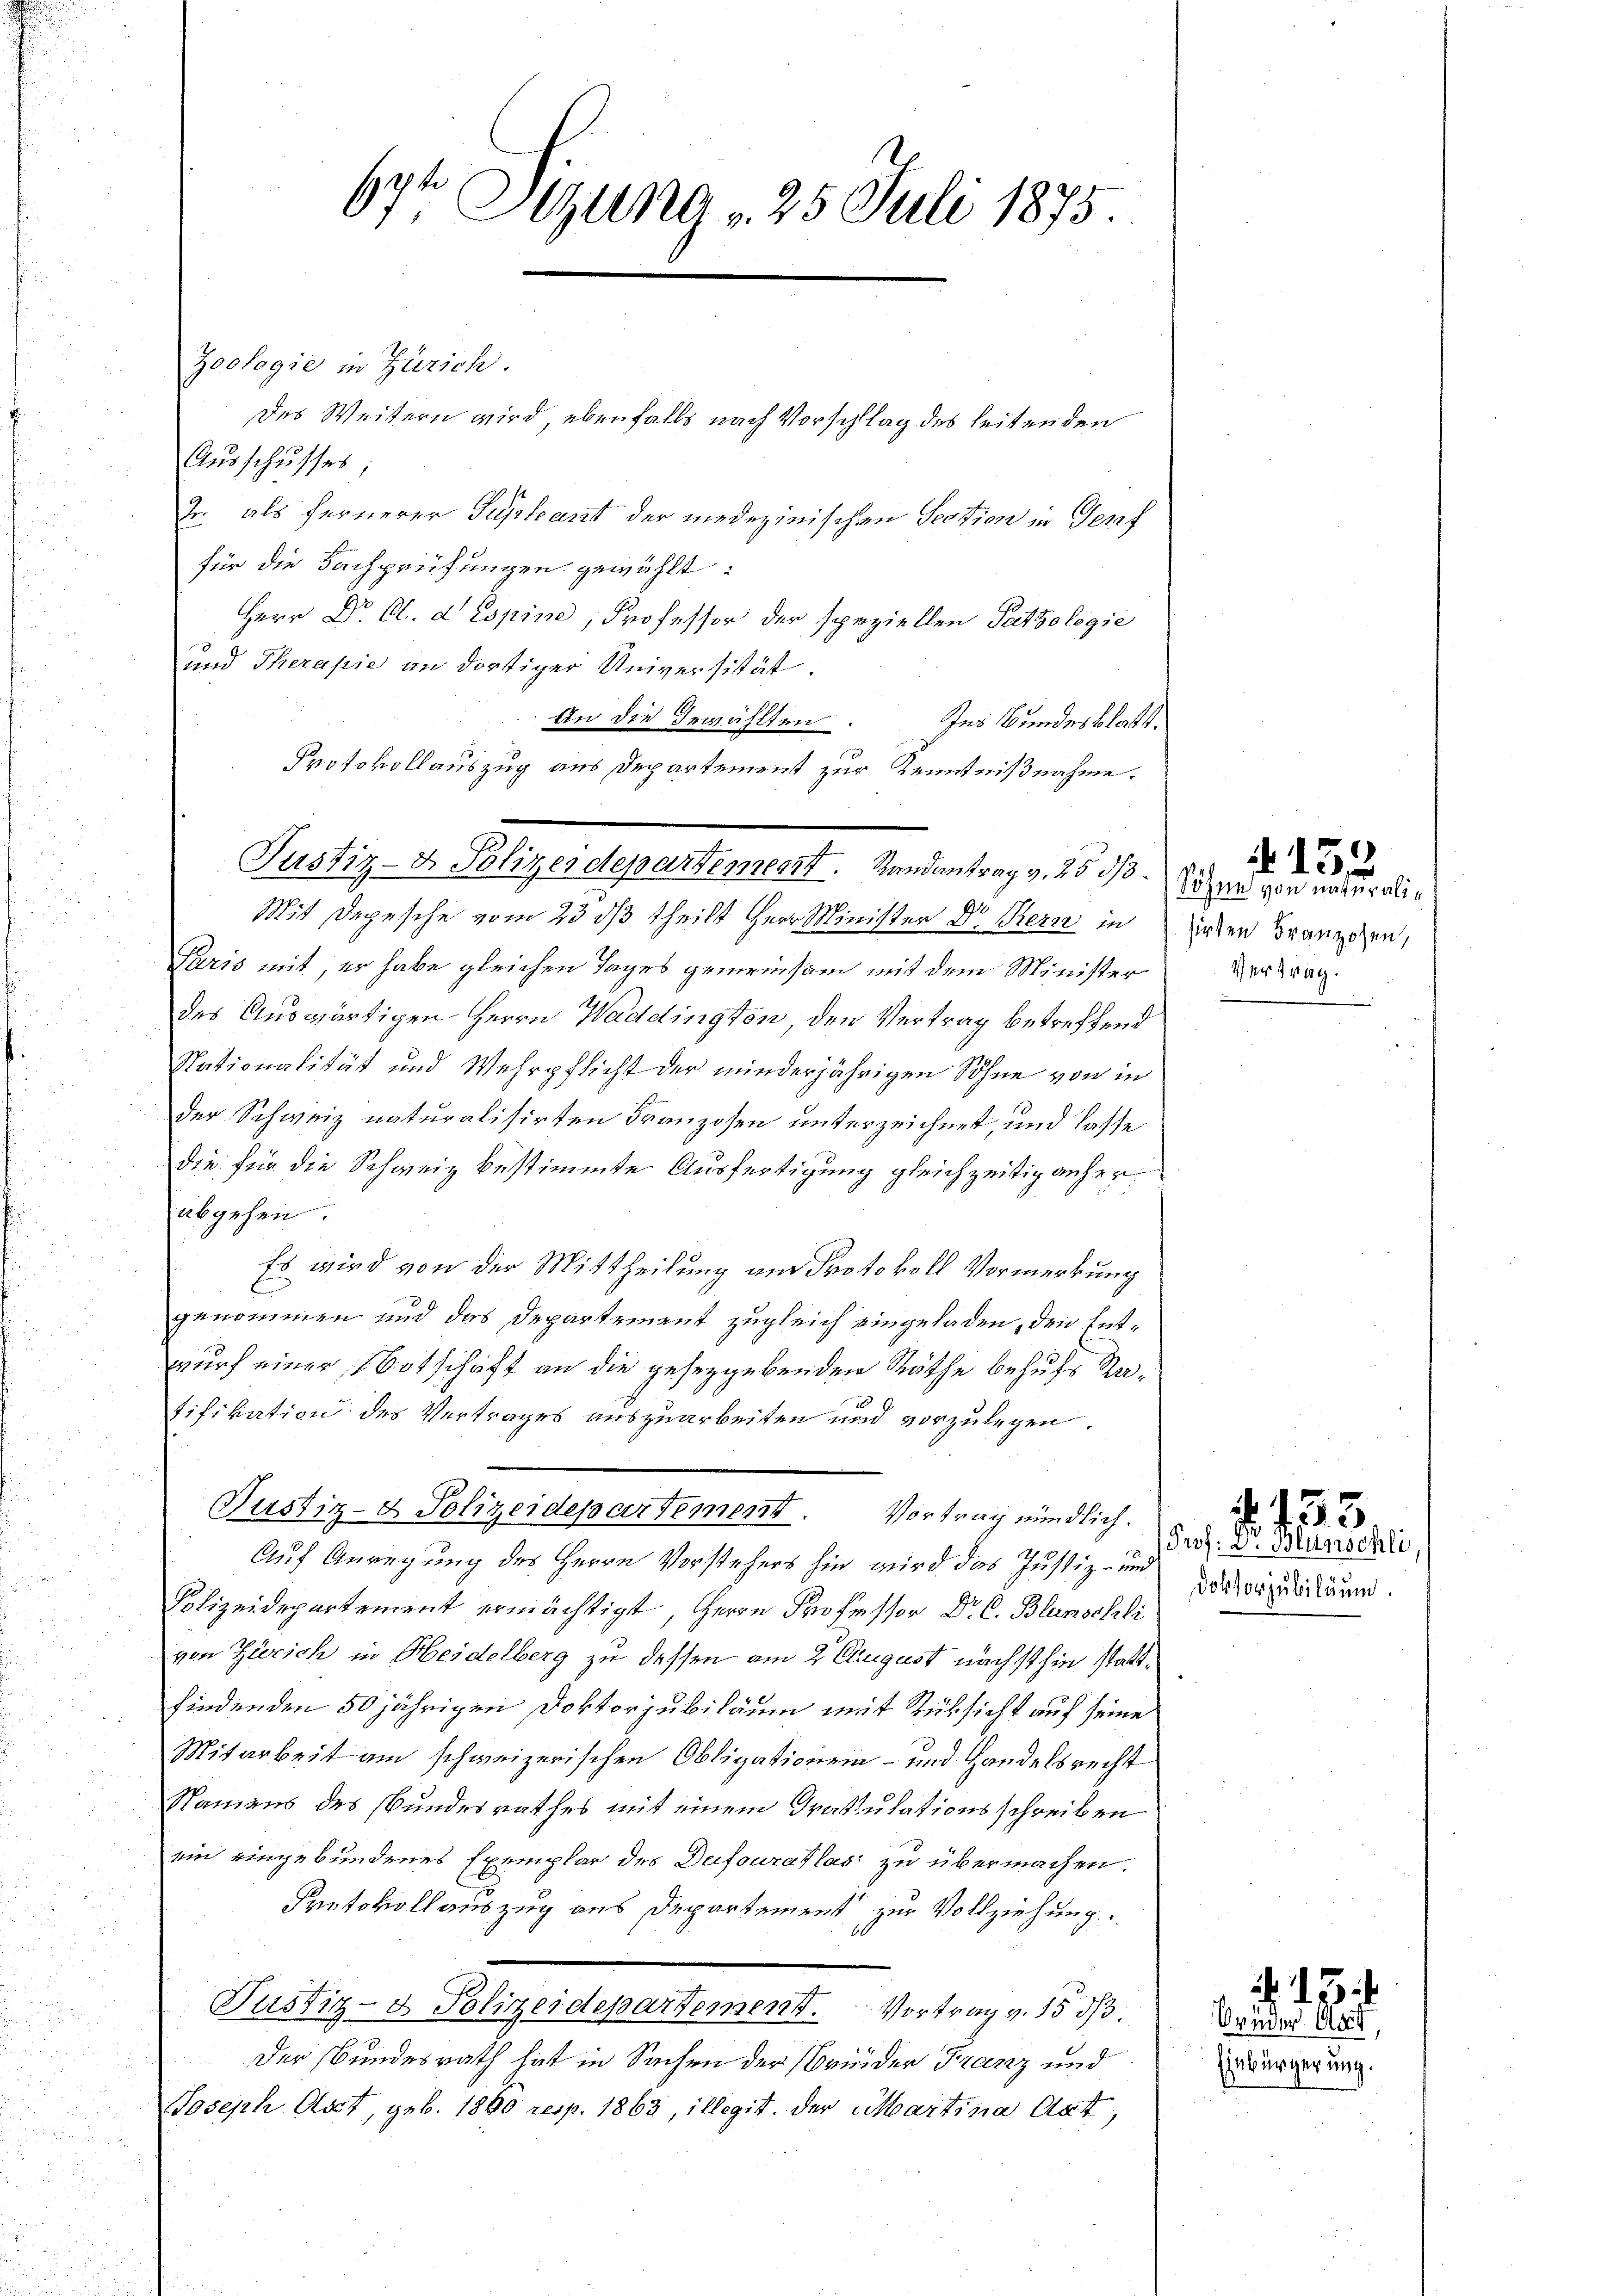
Zoologie in Zürich.
Des Weitern wird, ebenfalls nach Vorschlag des Leiten den
Aŭsschusses,
J. als fernerer Puplant der medizinischen Section in Genf
für die Fachprüfungen gewählt:
Herr Dr. C. d Espine, Professor der speziellen Pathologie
und Therapie an dortiger Universität:
In die Bewählten.
Ins Bundesblatt.
Protokollauszug aus Departement zur Kenntnißnahme.
Mit Depesche vom 23 dß theilt Herr Minister Dr Kern in inden Branzosen,
Paris mit, er habe gleichen Tages gemeinsam mit dem Minister
des Auswärtigen Herrn Waddington den Vertrag betreffend
Nationalität und Wehrpflicht der minderjährigen Söhne von in
der Schweiz naturalisirten Franzosen unterzeichnet, und lasse
die für die Schweiz bestimmte Ausfertigung gleichzeitig anher
abgehen
Es wird von der Mittheilung am Protokoll Vormerkung
genommen und das Departement zugleich eingeladen, den Entwurf einer Botschaft an die gesetzgebenden Räthe behufs Ratifikation des Vertrages auszuarbeiten und vorzulegen.
Justiz- & Polizeidepartement. Vortrag mündlich.
Auf Anregung des Herrn Vorstehers hin wird das Justiz- und
Polizeidepartement ermächtigt, Herrn Professor Dr. C. Blunschli
von Zürich in Heidelberg zu dessen am 2. August nächsthin stattfindenden 50 jährigen Doktorjubiläum mit Rücksicht auf seine
Mitarbeit am schweizerischen Obligationen- und Handelsrecht
Namens des Bundesrathes mit einem Gratulationsschreiben
ein eingebundenes Exemplar des Dufouratlas zu übermachen.
Protokollauszug aus Departement zur Vollziehung
Justiz- & Polizeidepartement. Vortrag v. 15 d
Der Bundesrath hat in Sachen der Brieder Franz und
Joseph Art, geb. 1800 resp. 1862, illegit. Der Martina Cat

674 Sizung v. 25. Juli 1875.

Justiz- & Polizeidepartement. Randantrag v. 25 de

Sohne von naturali¬
Vertrag.

Prof. Dr. Blunschli
Doktorjubiläum.

. 435

Ormer Art,
Einbürgerung.

133

13